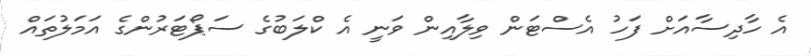
އެ ހާދިސާއަށް ފަހު އެސްޓަން ވިލާއިން ވަނީ އެ ކްލަބުގެ ސަޕޯޓަރުންގެ އަމަލުތައް